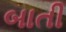
બાતી